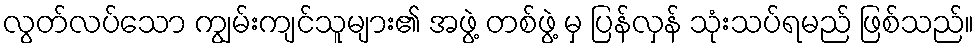
လွတ်လပ်သော ကျွမ်းကျင်သူများ၏ အဖွဲ့ တစ်ဖွဲ့ မှ ပြန်လှန် သုံးသပ်ရမည် ဖြစ်သည်။